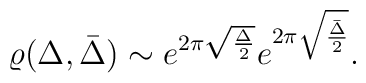
\varrho(\Delta,\bar{\Delta})\sim e^{2\pi\sqrt{\Delta\over 2}}e^{2\pi\sqrt{\bar{\Delta}   \over 2}}.